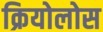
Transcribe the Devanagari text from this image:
क्रियोलोस